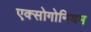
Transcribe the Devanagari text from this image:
एक्सोगोनियम